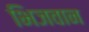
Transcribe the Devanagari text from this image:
भिजवान